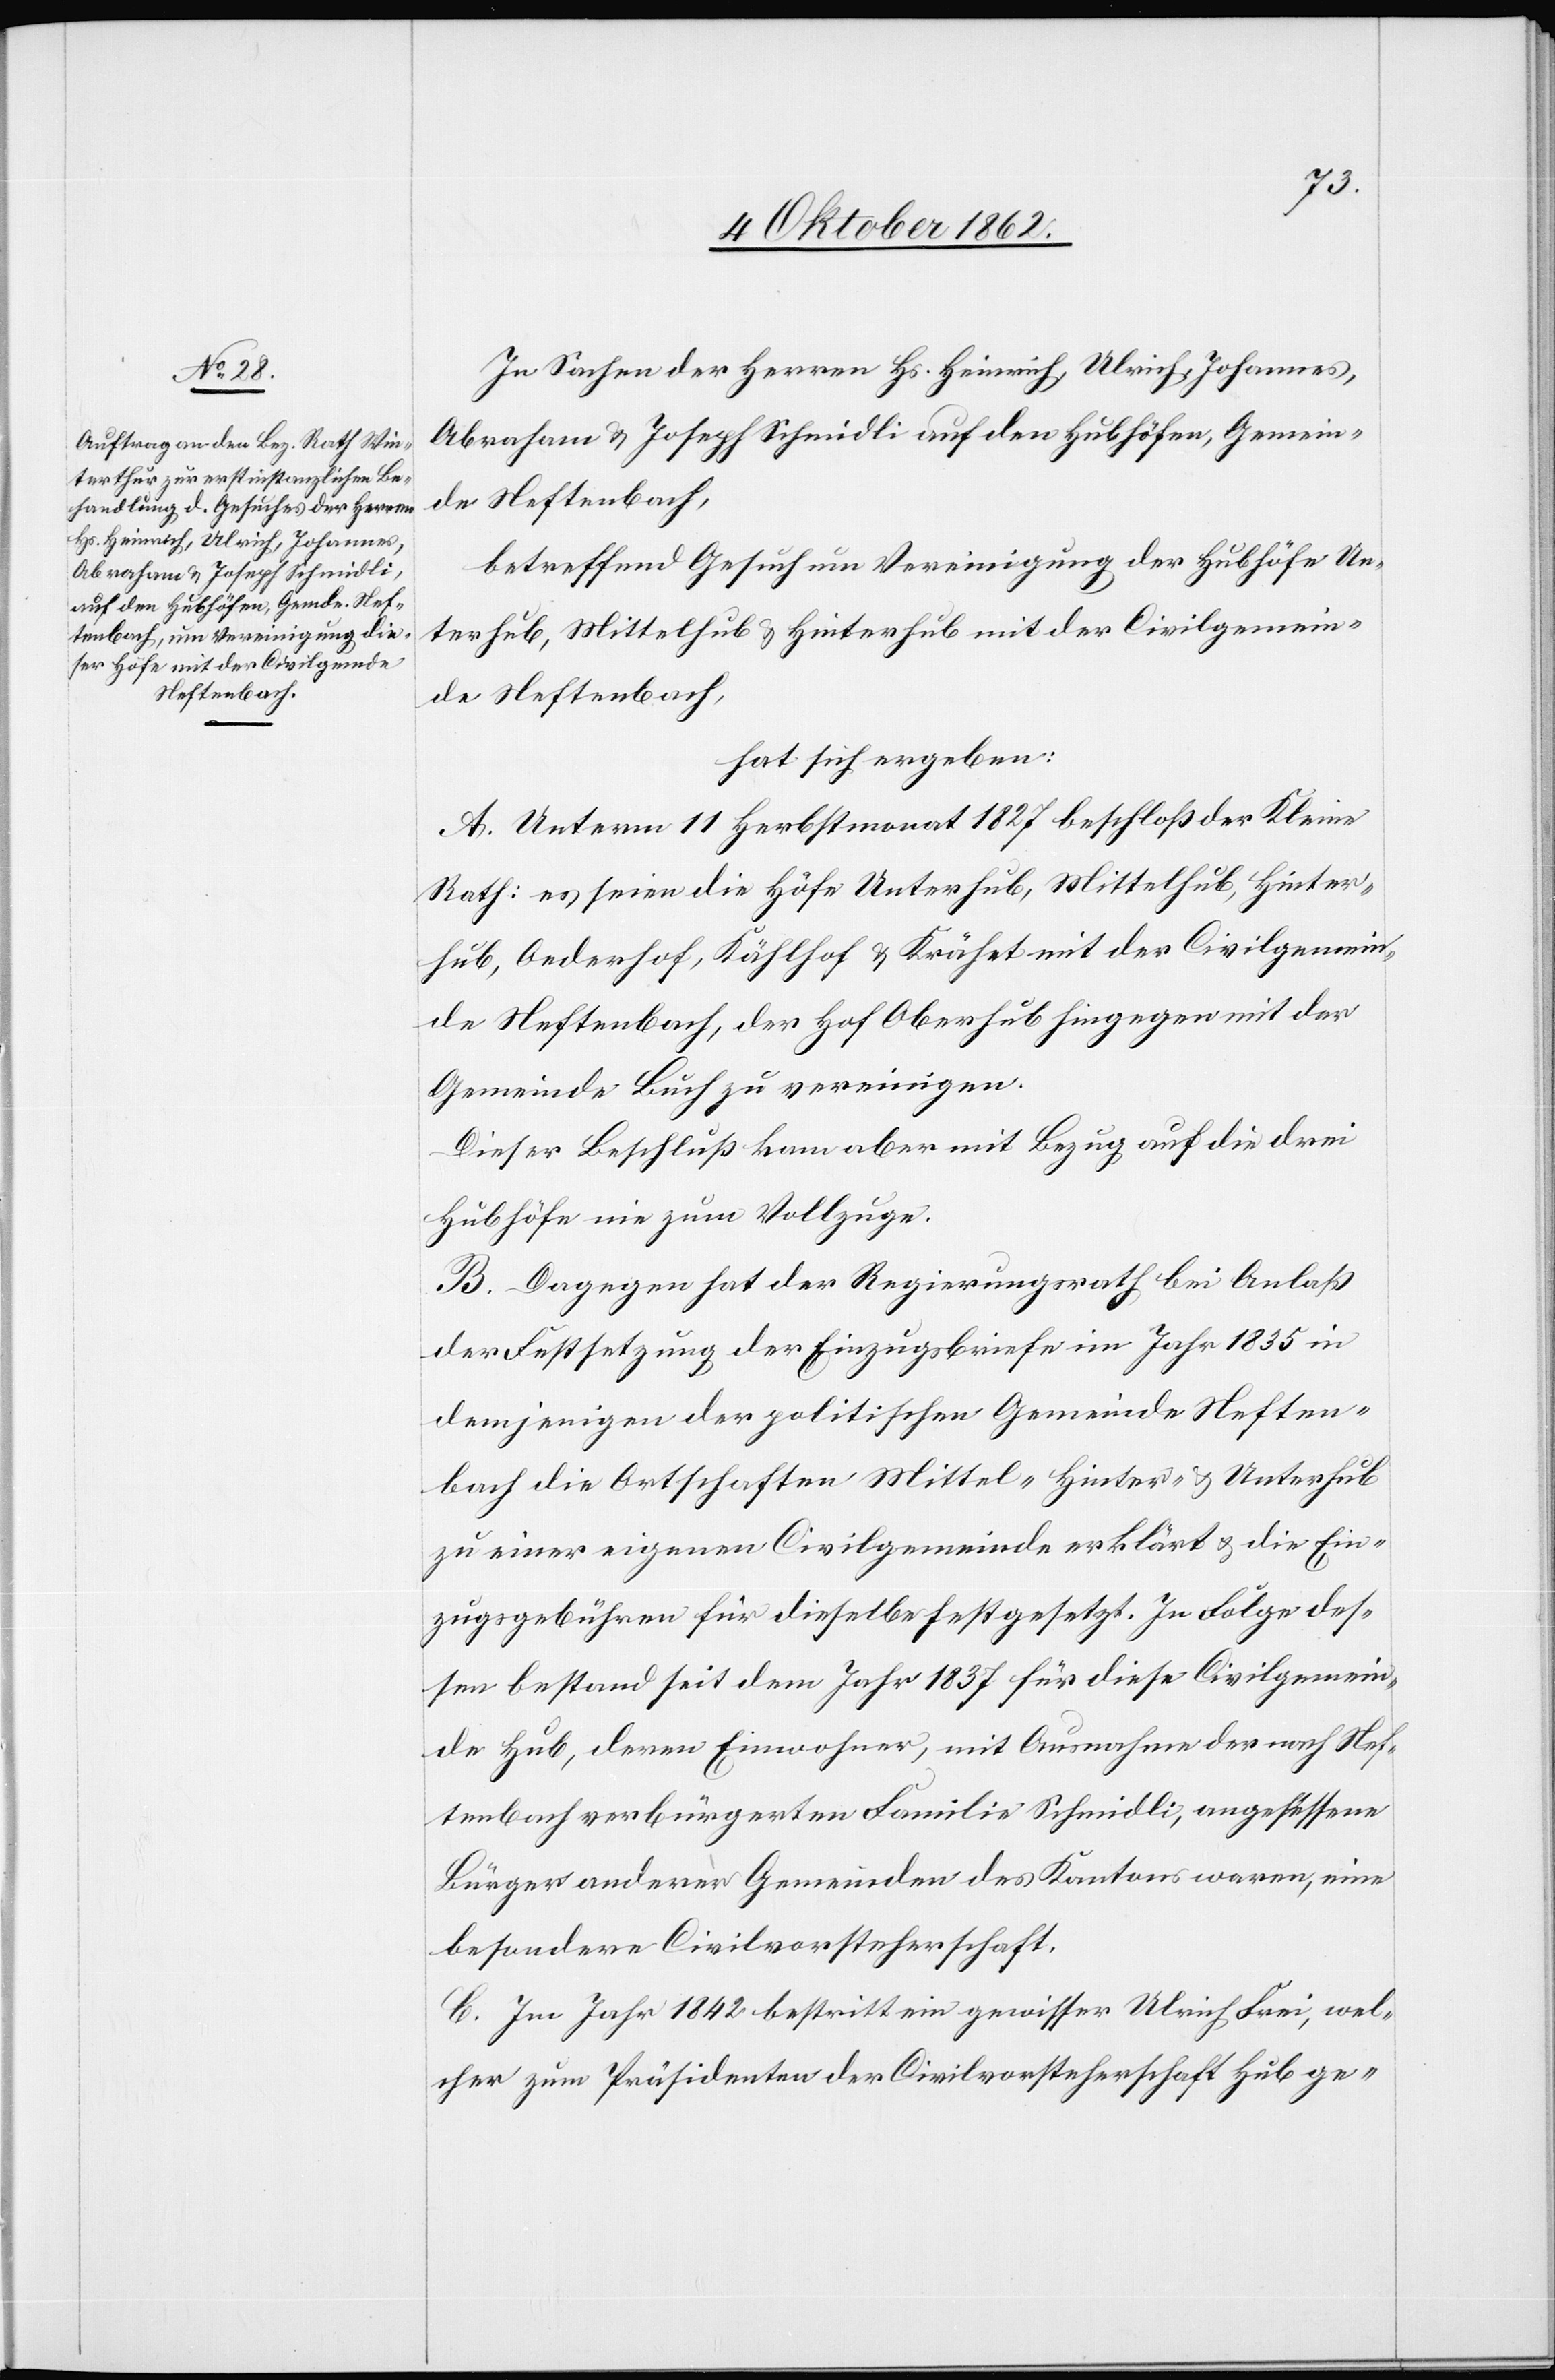
In Sachen der Herren Hs. Heinrich, Ulrich, Johannes,
Abraham u. Joseph Schmidli auf den Hubhöfen, Gemein¬
de Neftenbach,
betreffend Gesuch um Vereinigung der Hubhöfe Un¬
terhub, Mittelhub u. Hinterhub mit der Civilgemein¬
de Neftenbach,
hat sich ergeben:
A. Unterm 11. Herbstmonat 1827 beschloß der Kleine
Rath: es seien die Höfe Unterhub, Mittelhub, Hinter¬
hub, Aederhof, Kählhof u. Krähet mit der Civilgemein¬
de Neftenbach, der Hof Oberhub hingegen mit der
Gemeinde Buch zu vereinigen.
Dieser Beschluß kam aber mit Bezug auf die drei
Hubhöfen nie zum Vollzuge.
B. Dagegen hat der Regierungsrath bei Anlaß
der Festsetzung der Einzugsbriefe im Jahr 1835 in
demjenigen der politischen Gemeinde Neften¬
bach die Ortschaften Mittel- Hinter- u. Unterhub
zu einer eigenen Civilgemeinde erklärt u. die Ein¬
zugsgebühren für dieselbe festgesetzt. In Folge des¬
sen bestand seit dem Jahr 1837 für diese Civilgemein¬
de Hub, deren Einwohner, mit Ausnahme der nach Nef¬
tenbach verbürgerten Familie Schmidli, angesessene
Bürger anderer Gemeinden des Kantons waren, eine
besondere Civilvorsteherschaft.
C. Im Jahr 1842 bestritt ein gewisser Ulrich Frei, wel¬
cher zum Präsidenten der Civilvorsteherschaft Hub ge-